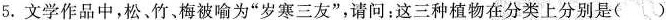
5.文学作品中，松、竹、梅被喻为”岁寒三友”，请问：这三种植物在分类上分别是( )